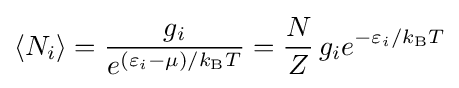
\langle N_{i}\rangle ={\frac {g_{i}}{e^{(\varepsilon _{i}-\mu )/k_{\text{B}}T}}}={\frac {N}{Z}}\,g_{i}e^{-\varepsilon _{i}/k_{\text{B}}T}